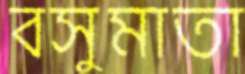
বসুমাতা